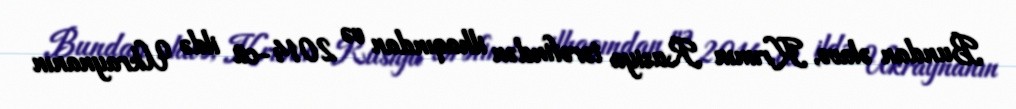
Bundan əlavə, Krımın Rusiya tərəfindən ilhaqından və 2014-cü ildə Ukraynanın